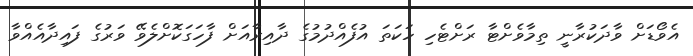
އެވޯޑަށް ވާދަކުރާނީ ތިމާވެށްޓާ ރަށްޓެހި ހަކަތަ އުފެއްދުމުގެ ދާއިރާއަށް ފާހަގަކޮށްލެވޭ ވަރުގެ ފައިދާއެއްވާ